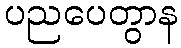
ပညပေတွာန